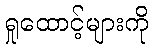
ရှုထောင့်များကို